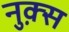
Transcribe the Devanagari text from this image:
नुक़्स